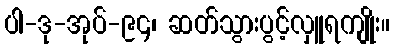
ပါ-ဒု-အုပ်-၉၄၊ ဆတ်သွားပွင့်လှူရကျိုး။